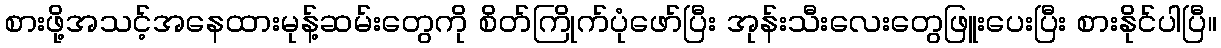
စားဖို့အသင့်အနေထားမုန့်ဆမ်းတွေကို စိတ်ကြိုက်ပုံဖော်ပြီး အုန်းသီးလေးတွေဖြူးပေးပြီး စားနိုင်ပါပြီ။